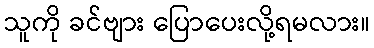
သူကို ခင်ဗျား ပြောပေးလို့ရမလား။